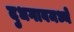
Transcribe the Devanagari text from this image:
दुधगावमध्ये